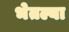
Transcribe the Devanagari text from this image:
भेतल्या